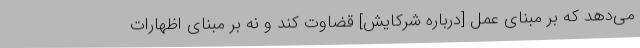
می‌دهد که بر مبنای عمل [درباره شرکایش] قضاوت کند و نه بر مبنای اظهارات